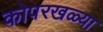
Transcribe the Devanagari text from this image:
कोपरखळ्या